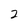
Character: 2